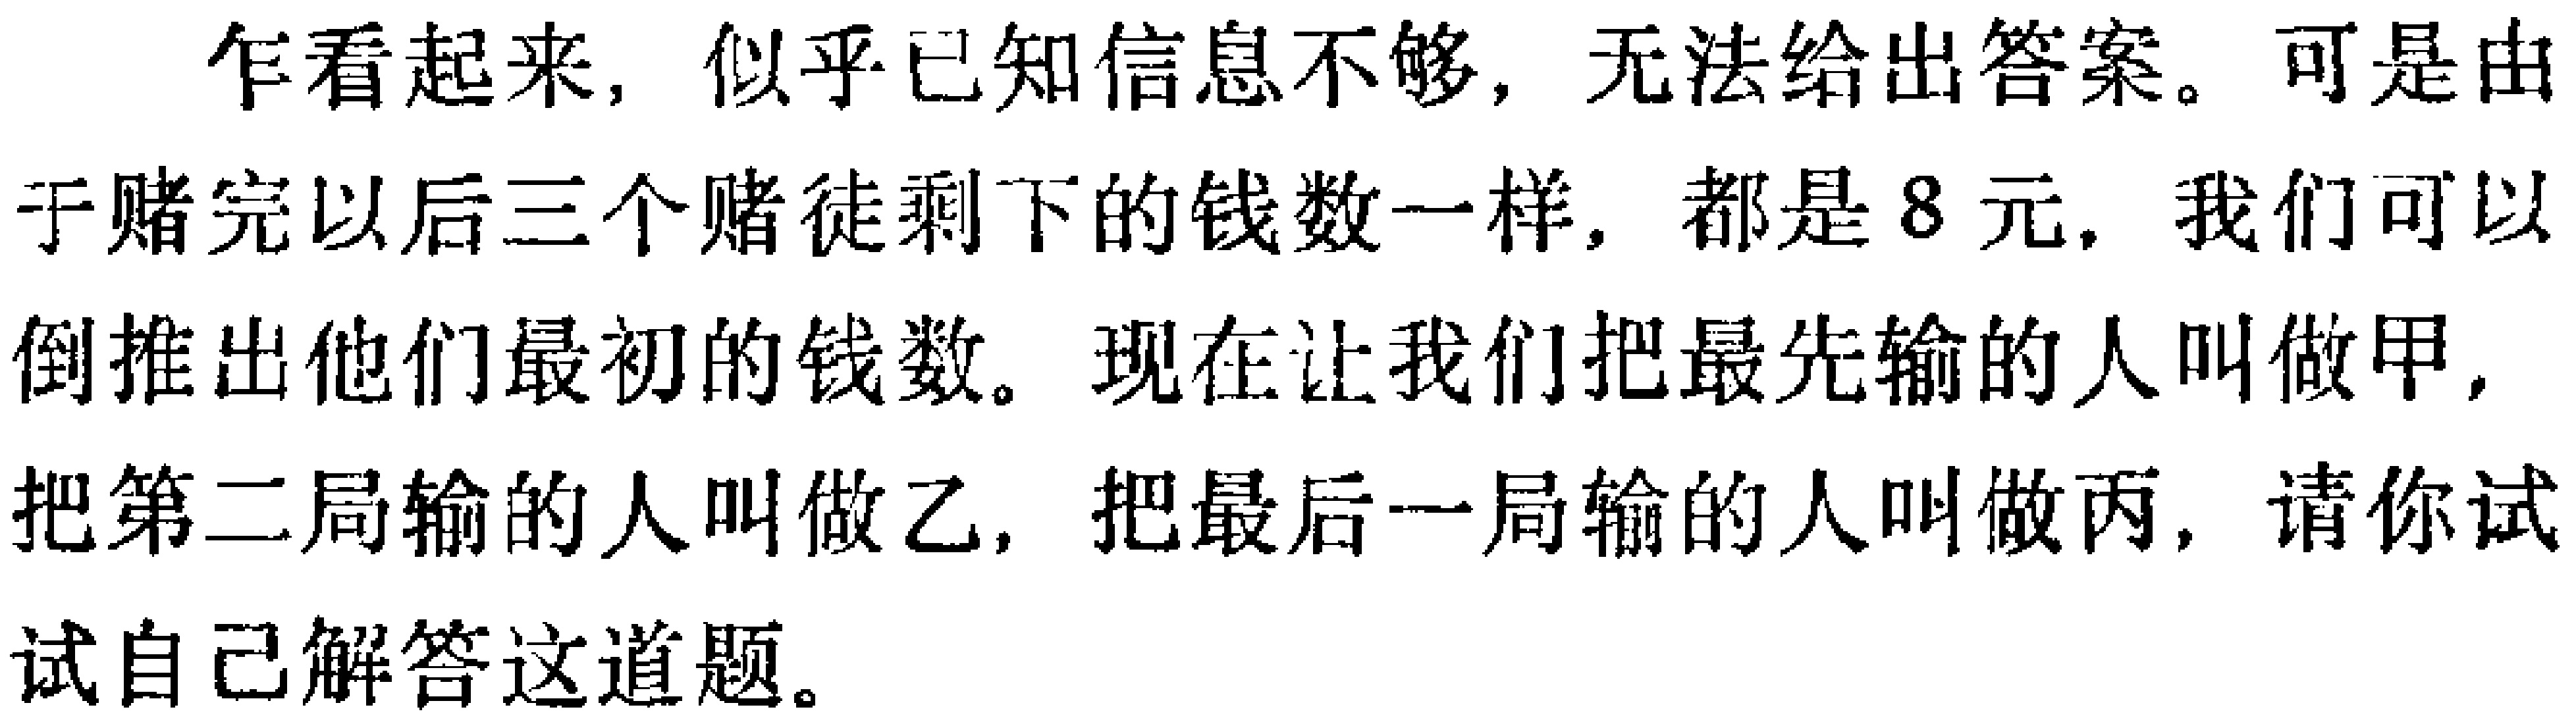
乍看起来，似乎已知信息不够，无法给出答案。可是由于赌完以后三个赌徒剩下的钱数一样，都是8元，我们可以倒推出他们最初的钱数。现在让我们把最先输的人叫做甲，把第二局输的人叫做乙，把最后一局输的人叫做丙，请你试试自己解答这道题。